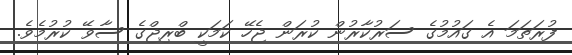
ފުރަތަމަ އެ ގައުމުގެ ސަރުކާރުން ކުރަން ޖެހޭ ކަމަކީ ބްރިޖްގެ ސާވޭ ކުރުމެވެ.